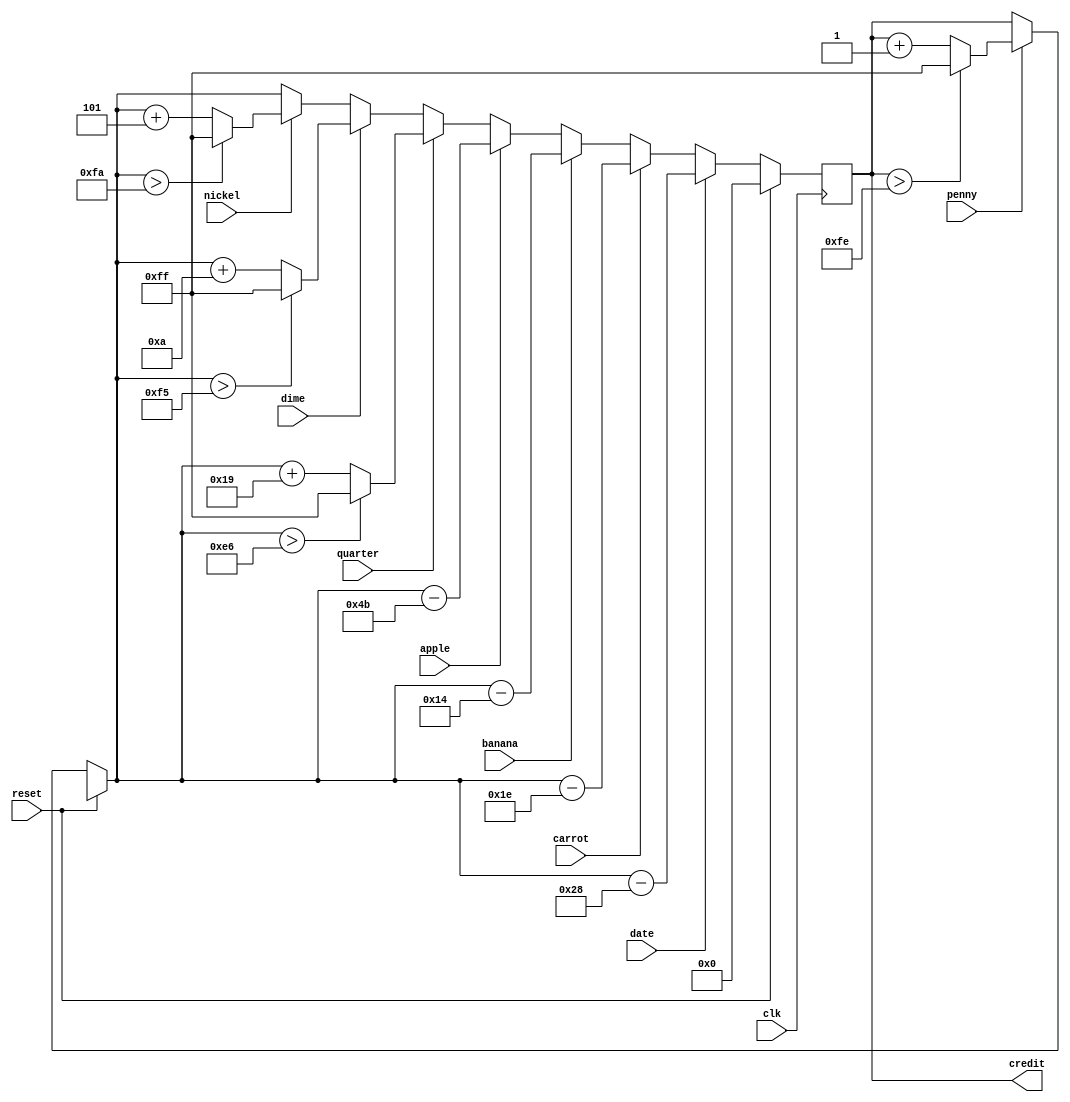

module piggyBank(clk, reset, penny, nickel, dime, quarter, apple, banana, carrot, date, credit);
	input clk, reset;
	input penny, nickel, dime, quarter;
	input apple, banana, carrot, date;
	output reg [7:0] credit;


	always @ (posedge clk) begin
		if(reset == 1) begin
			credit = 0;
		end else begin
			if(penny == 1) begin
				if (credit > 254)
					credit <= 255;
				else
					credit = credit + 1;
			end //penny
		
			if(nickel == 1) begin
				if (credit > 250)
					credit <= 255;
				else
					credit <= credit + 5;
			end //nickel

			if(dime == 1) begin
				if (credit > 245)
					credit <= 255;
				else
					credit <= credit + 10;
			end //dime
	
			if(quarter == 1) begin
				if (credit > 230)
					credit <= 255;
				else
					credit <= credit + 25;
			end //quarter
	
			if(apple == 1) begin
					credit <= credit - 75;
			end //apple
	
			if(banana == 1) begin
				credit <= credit - 20;
			end //banana
	
			if(carrot == 1) begin
					credit <= credit - 30;
			end //carrot

			if(date == 1) begin
					credit <= credit - 40;
			end //date
		end //else
	end//always

endmodule